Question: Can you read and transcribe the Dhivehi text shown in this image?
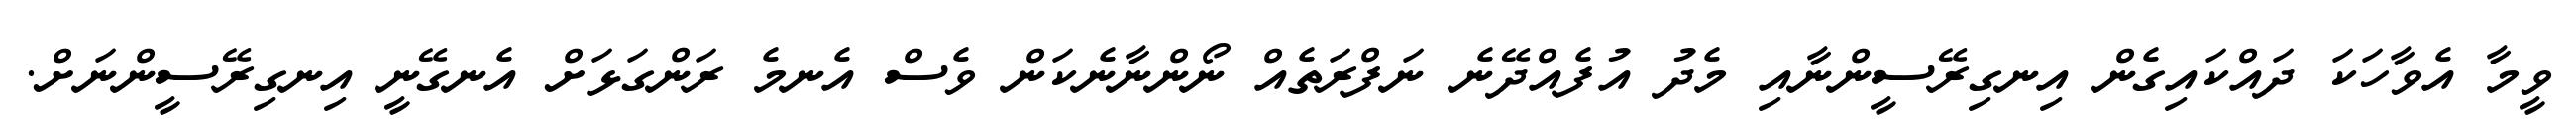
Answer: ވީމާ އެވާހަކަ ދައްކައިގެން އިނގިރޭސީންނާއި މެދު އުފެއްދޭނެ ނަފްރަތެއް ނޯންނާނެކަން ވެސް އެނމެ ރަންގަޅަށް އެނގޭނީ އިނގިރޭސީންނަށް.